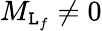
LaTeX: {M}_{{\mathtt{L}}_{f}}\ne0